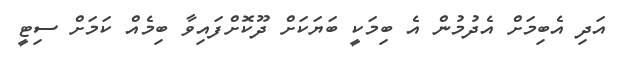
އަދި އެބިމަށް އެދުމުން އެ ބިމަކީ ބަޔަކަށް ދޫކޮށްފައިވާ ބިމެއް ކަމަށް ސިޓީ